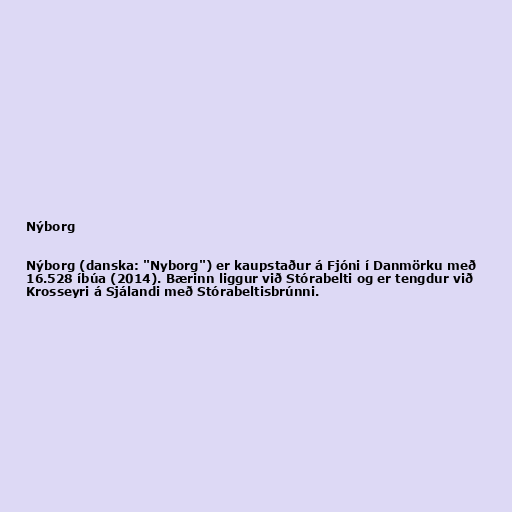
Nýborg

Nýborg (danska: "Nyborg") er kaupstaður á Fjóni í Danmörku með
16.528 íbúa (2014). Bærinn liggur við Stórabelti og er tengdur við
Krosseyri á Sjálandi með Stórabeltisbrúnni.